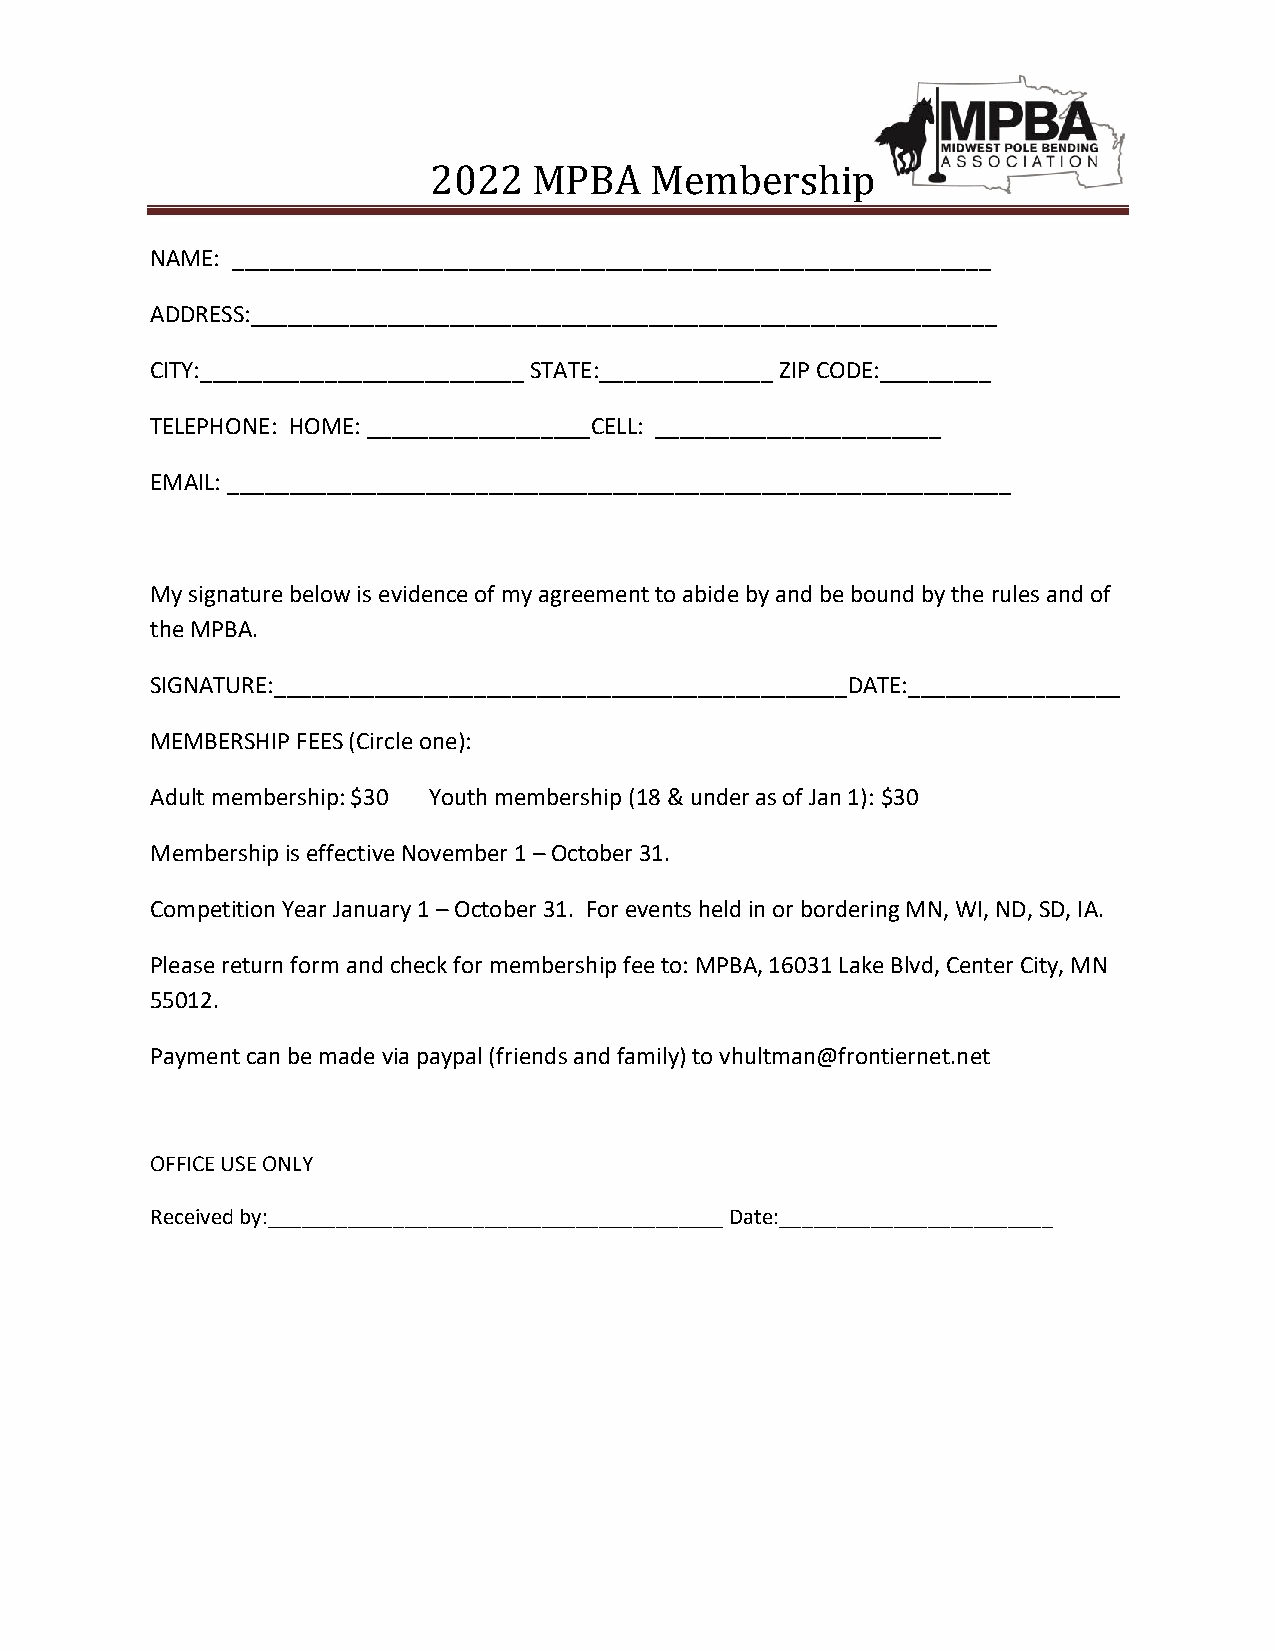
2022   MPBA    Membership
 NAME: _____________________________________________________________
 ADDRESS:____________________________________________________________
 CITY:__________________________ STATE:______________ ZIP CODE:_________
 TELEPHONE: HOME: __________________CELL: _______________________
 EMAIL: _______________________________________________________________
 My signature below is evidence of my agreement to abide by and be bound by the rules and of
 the MPBA.
 SIGNATURE:______________________________________________DATE:_________________
 MEMBERSHIP FEES (Circle one):
 Adult membership: $30 Youth membership (18 & under as of Jan 1): $30
 Membership is effective November 1 – October 31.
 Competition Year January 1 – October 31. For events held in or bordering MN, WI, ND, SD, IA.
 Please return form and check for membership fee to: MPBA, 16031 Lake Blvd, Center City, MN
 55012.
 Payment can be made via paypal (friends and family) to vhultman@frontiernet.net
 OFFICE USE ONLY
 Received by:________________________________________ Date:________________________